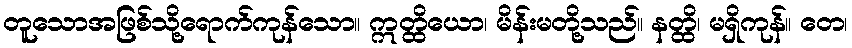
တူသောအဖြစ်သို့ရောက်ကုန်သော။ ဣတ္ထိယော၊ မိန်းမတို့သည်။ နတ္ထိ၊ မရှိကုန်။ တေ၊